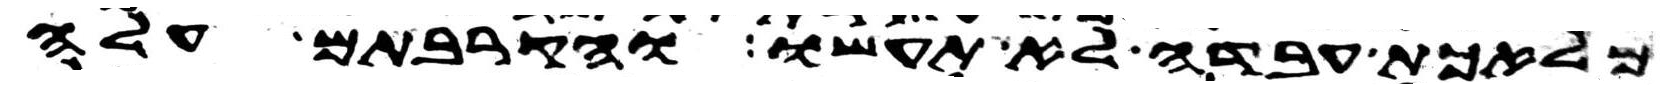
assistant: מלאכת עבדה לא תעשו והקרבתם עלה